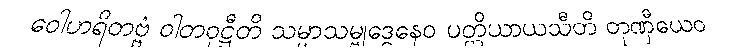
ဝေါဟရိတဗ္ဗံ ဝါတဝုဋ္ဌီတိ သမ္မာသမ္ဗုဒ္ဓေနေဝ ပတ္တိယာယသီတိ တုဏှီယေဝ